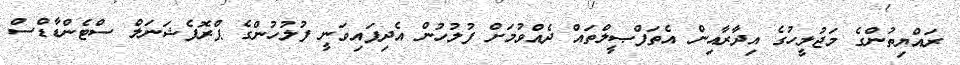
ރައްޔިތުންގެ މަޖުލީހުގެ އިދާރާއިން އެތަފްޞީލްތައް ދެއްވުމަށް ފުލުހުން އެދިފައިވަނީ ފުލުހުންގެ ޕްރޮފެޝަނަލް ސްޓެންޑާޑްސް